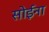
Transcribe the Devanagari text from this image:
सोईना